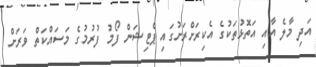
އަދި މާލެ އާއި އަތޮޅުތަކުގެ އެކިރަށްރަށުގައި ޕެޓިޝަން ފޯމު ފުރުމުގެ މަސައްކަތް ވަރަށް